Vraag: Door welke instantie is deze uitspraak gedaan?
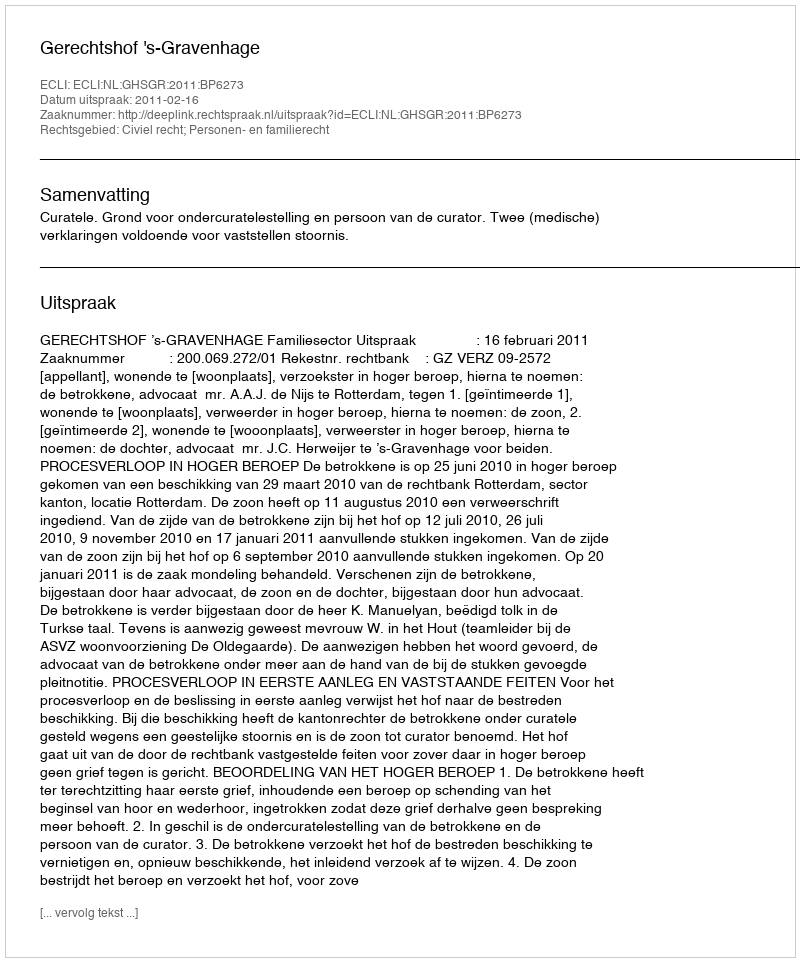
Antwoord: Gerechtshof 's-Gravenhage